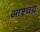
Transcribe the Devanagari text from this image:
आश्चय्र